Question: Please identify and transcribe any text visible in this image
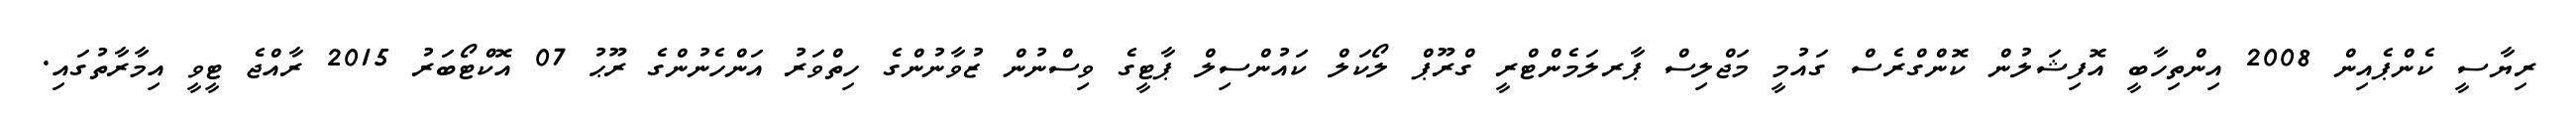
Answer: ރިޔާސީ ކެންޕެއިން 2008 އިންތިހާބީ އޮފިޝަލުން ކޮންގްރެސް ގައުމީ މަޖްލިސް ޕާރލަމެންޓްރީ ގްރޫޕް ލޯކަލް ކައުންސިލް ޕާޓީގެ ވިސްނުން ޒުވާނުންގެ ހިތްވަރު އަންހެނުންގެ ރޫޙު 07 އޮކްޓޯބަރު 2015 ރާއްޖެ ޓީވީ އިމާރާތުގައި.